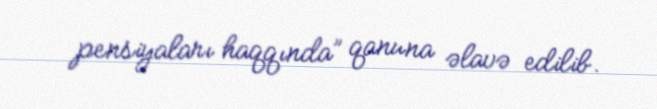
pensiyaları haqqında” qanuna əlavə edilib.